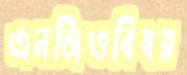
এনজিওবিষয়